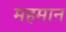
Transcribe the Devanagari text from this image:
महमान